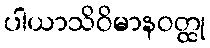
ပါယာသိဝိမာနဝတ္ထု